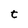
Character: t